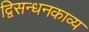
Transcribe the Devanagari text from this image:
द्विसन्धनकाव्य